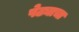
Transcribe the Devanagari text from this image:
पेढ्याचा